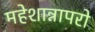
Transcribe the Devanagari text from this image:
महेशान्नापरो